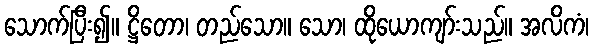
သောက်ပြီး၍။ ဋ္ဌိတော၊ တည်သော။ သော၊ ထိုယောကျာ်းသည်။ အလိကံ၊